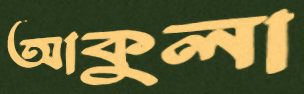
আকুলা